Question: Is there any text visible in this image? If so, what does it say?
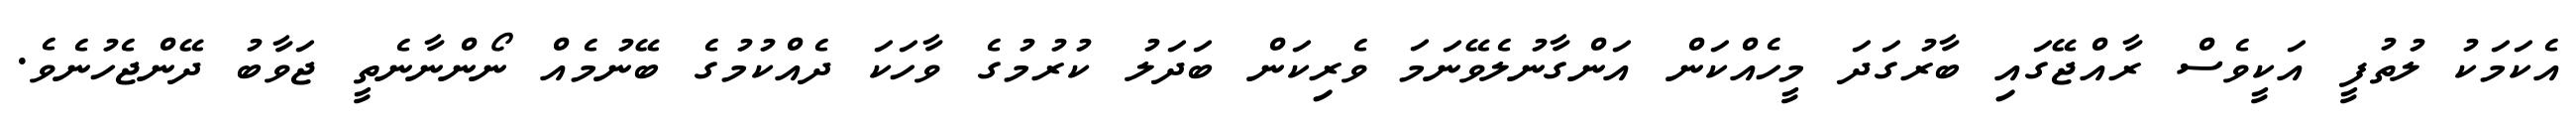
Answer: އެކަމަކު ލުތުފީ އަކީވެސް ރާއްޖޭގައި ބާރުގަދަ މީހެއްކަން އަންގާނުލެވޭނަމަ ވެރިކަން ބަދަލު ކުރުމުގެ ވާހަކަ ދެއްކުމުގެ ބޭނުމެއް ނޯންނާނެތީ ޖަވާބު ދޭންޖެހުނެވެ.